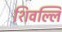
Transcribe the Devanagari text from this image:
शिवल्लि